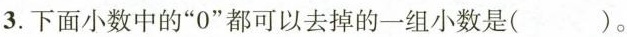
3.下面小数中的”0”都可以去掉的一组小数是( )。